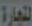
لتجارة